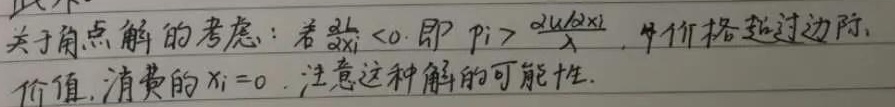
关于角点解的考虑：若\(\frac{\partial u}{\partial x_i}<0\)，即\(p_i > \frac{\partial u / \partial x_i}{\lambda}\)，\(i\)价格超过边际价值，消费的\(x_i = 0\)，注意这种解的可能性。